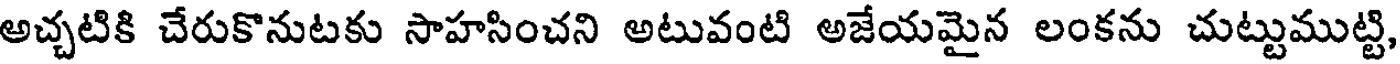
అచ్చటికి చేరుకొనుటకు సాహసించని అటువంటి అజేయమైన లంకను చుట్టుముట్టి,